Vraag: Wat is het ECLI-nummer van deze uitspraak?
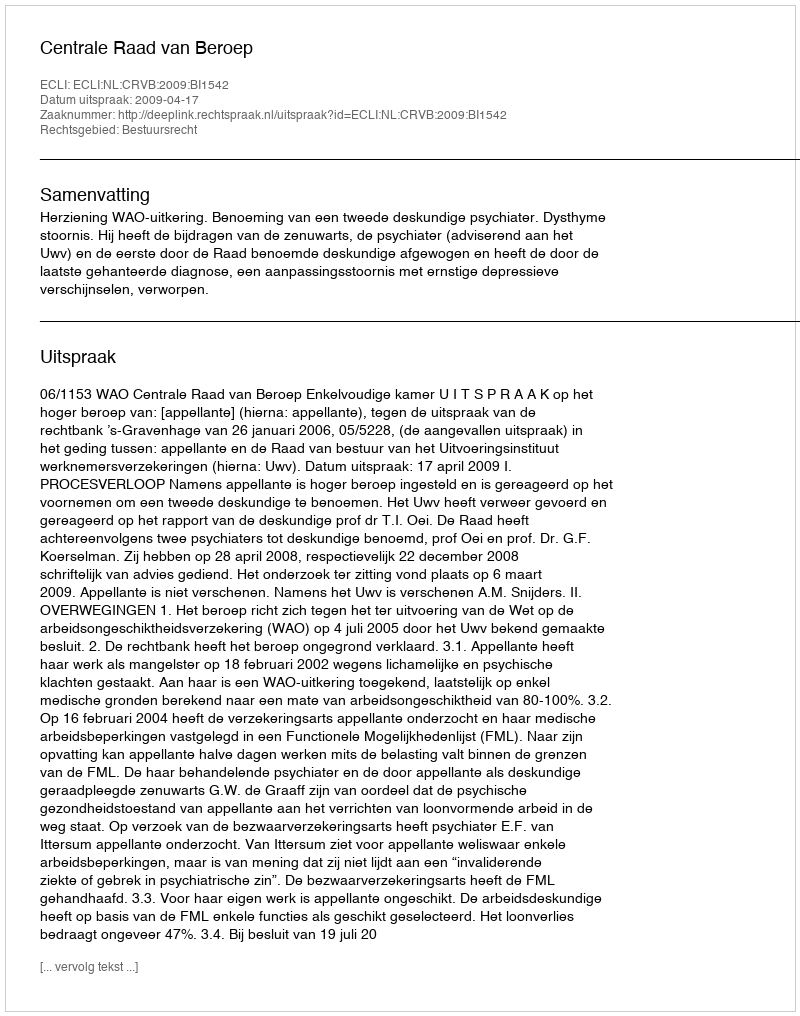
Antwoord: ECLI:NL:CRVB:2009:BI1542